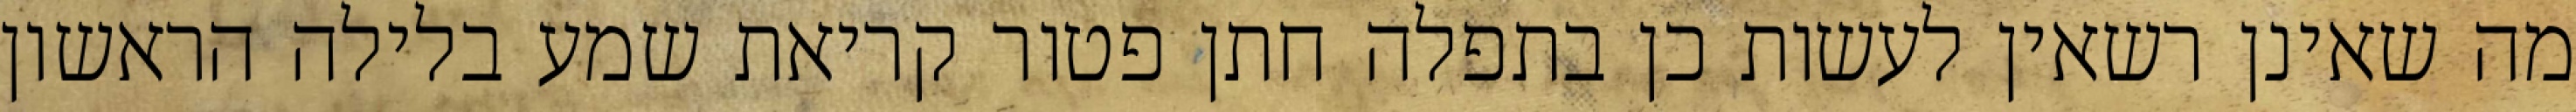
מה שאינן רשאין לעשות כן בתפלה חתן פטור קריאת שמע בלילה הראשון